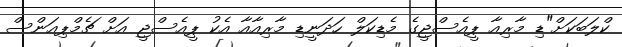
ކްލަބަކަށް"ޑި މާރިއާ ޕީއެސްޖީގެ މެޑިކަލް ހަދަނީޑި މާރިއާއާ އެކު ޕީއެސްޖީ އަށް ޗެމްޕިއަންސް